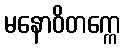
မနောဝိတက္ကေ